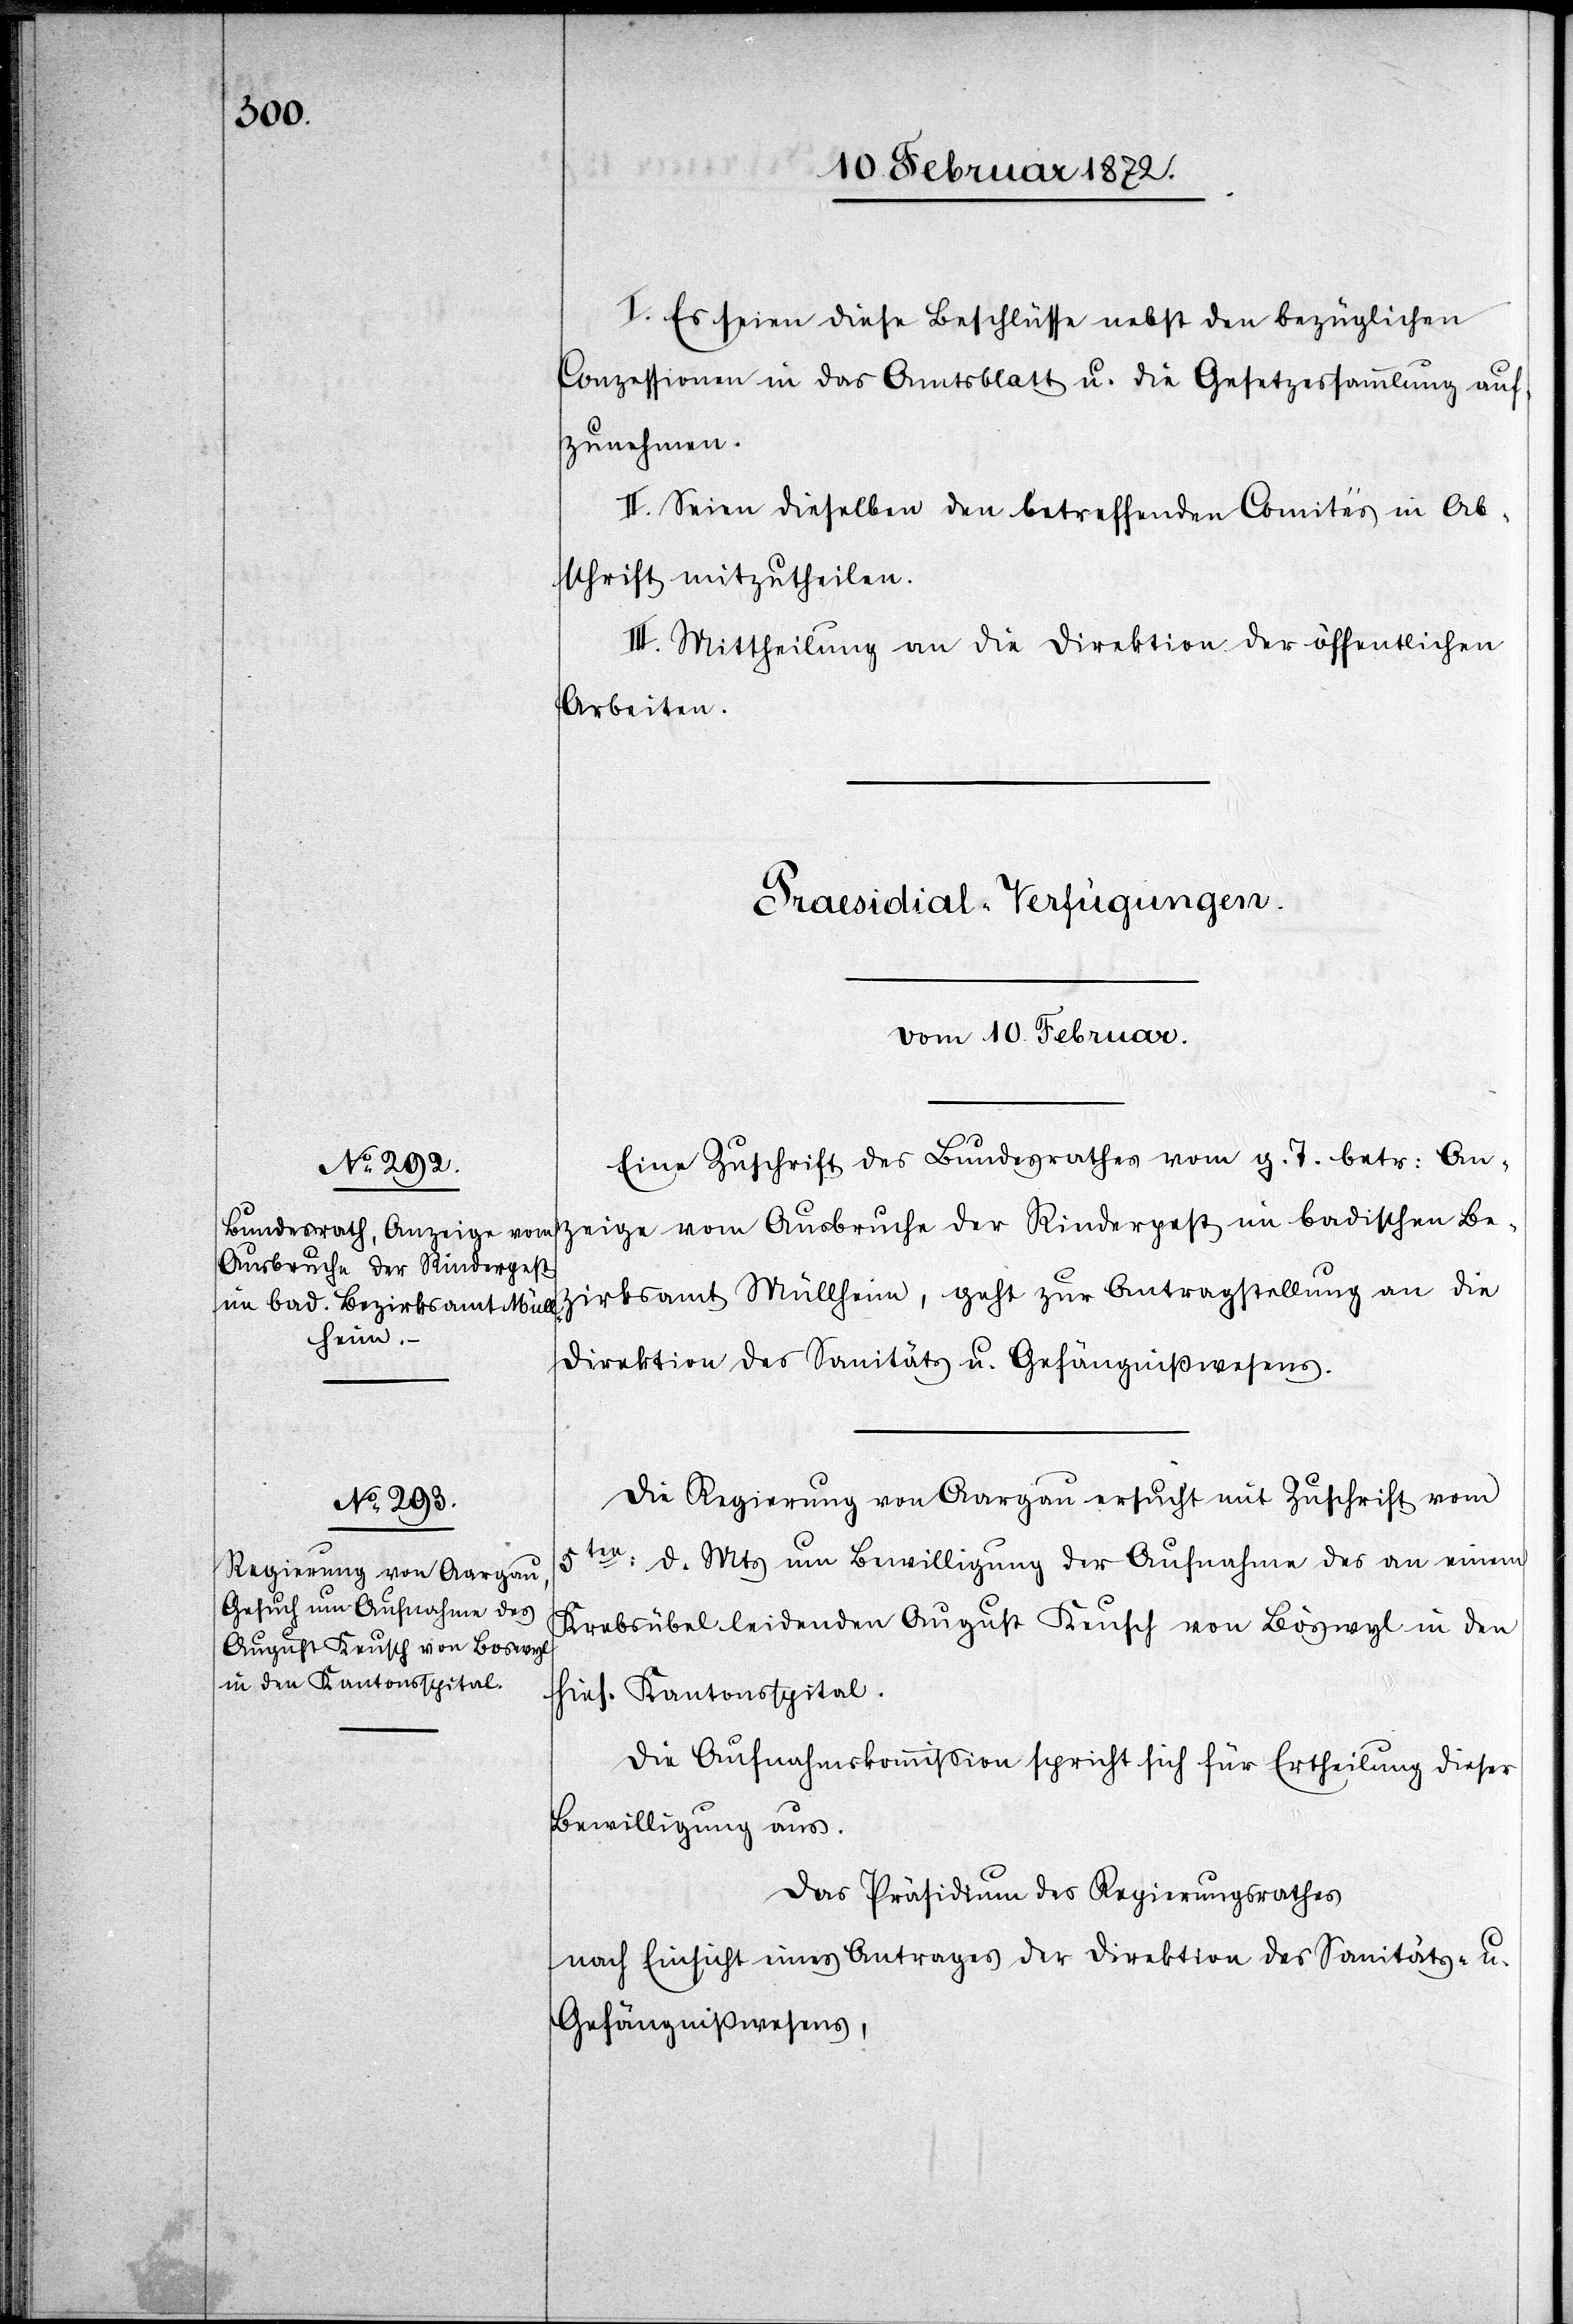
I. Es seien diese Beschlüsse nebst den bezüglichen
Conzessionen in das Amtsblatt u. die Gesetzessammlung auf¬
zunehmen.
II. Seien dieselben den betreffenden Comites in Ab¬
schrift mitzutheilen.
III. Mittheilung an die Direktion der öffentlichen
Arbeiten.
[Präsidial-Verfügungen
vom 10. Februar.]
Eine Zuschrift des Bundesrathes vom g. T. betr. An¬
zeige vom Ausbruche der Rinderpest im badischen Be¬
zirksamt Müllheim, geht zur Antragsstellung an die
Direktion des Sanitäts u. Gefängnißwesens.
Die Regierung von Aargau ersucht mit Zuschrift vom
5ten d. Mts. um Bewilligung der Aufnahme des an einem
Krebsübel leidenden August Keusch von Böswyl in den
hies. Kantonsspital.
Die Aufnahmskommission spricht sich für Ertheilung dieser
Bewilligung aus.
Das Präsidium des Regierungsrathes
nach Einsicht eines Antrages der Direktion des Sanitäts- u.
Gefängnißwesens,